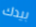
بيدك